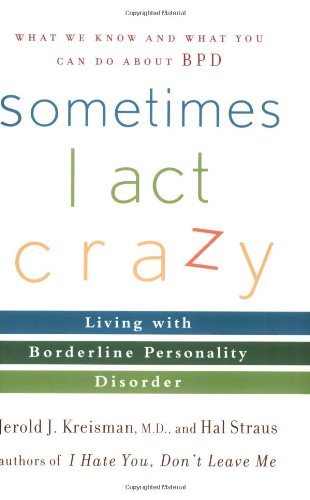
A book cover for Sometimes I Act Crazy: Living with Borderline Personality Disorder; Jerold J. Kreisman; Health, Fitness & Dieting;